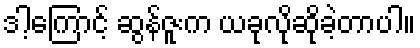
ဒါ့ကြောင့် ဆွန်ဇူးက ယခုလိုဆိုခဲ့တာပါ။